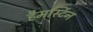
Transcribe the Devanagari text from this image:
हैमर्स्टिन